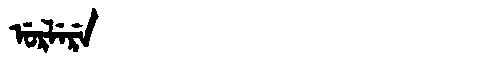
Manchu: ᡠᡵᠯᡝᡵᡝ
Romanization: URLERE